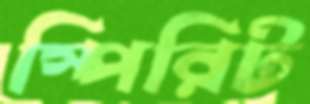
স্পিরিট